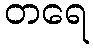
တရေ